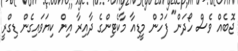
ޖޮބެއް ވެސް ހޯދަން" ފަހުން މީޑިއާ މާކެޓިންގެ ދާއިރާ އިން ކިޔަވައިގެން ޑިގްރީ